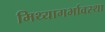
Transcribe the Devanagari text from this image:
मिथ्यागर्भावस्था